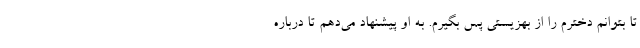
تا بتوانم دخترم را از بهزیستی پس بگیرم. به او پیشنهاد می‌دهم تا درباره